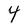
Character: 4